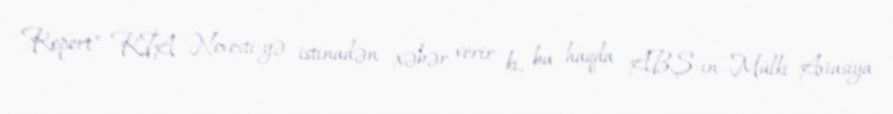
Report" RİA Novosti-yə istinadən xəbər verir ki, bu haqda ABŞ-ın Mülki Aviasiya